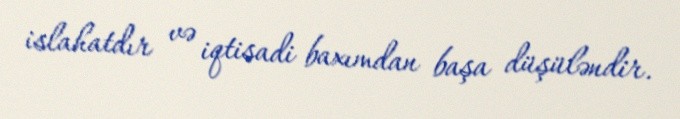
islahatdır və iqtisadi baxımdan başa düşüləndir.